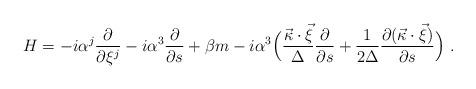
LaTeX: \begin{align*}H=-i {\alpha}^j \frac{\partial}{\partial \xi^j} -i {\alpha}^3 \frac{\partial}{\partial s} + \beta m - i {\alpha}^3 \Bigl( \frac{\vec{\kappa}\cdot \vec{\xi}}{\Delta}\frac{\partial}{\partial s} + \frac{1}{2 \Delta} \frac{\partial (\vec{\kappa}\cdot \vec{\xi})}{\partial s} \Bigr)\ . \end{align*}